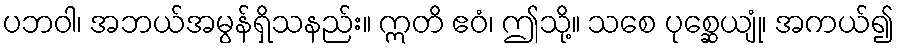
ပဘဝါ၊ အဘယ်အမွန်ရှိသနည်း။ ဣတိ ဧဝံ၊ ဤသို့။ သစေ ပုစ္ဆေယျုံ၊ အကယ်၍